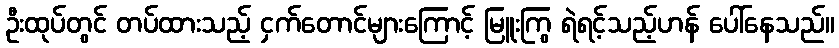
ဦးထုပ်တွင် တပ်ထားသည့် ငှက်တောင်များကြောင့် မြူးကြွ ရဲရင့်သည့်ဟန် ပေါ်နေသည်။